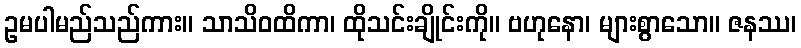
ဥမပါမည်သည်ကား။ သာသိဝထိကာ၊ ထိုသင်းချိုင်းကို။ ဗဟုနော၊ များစွာသော။ ဇနဿ၊